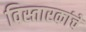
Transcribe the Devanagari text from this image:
विस्तारकांचे